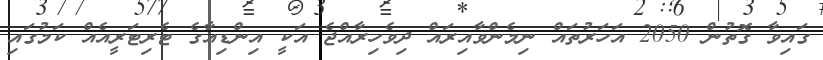
ގައިވާ ގޮތުން 2050 އަހަރުތައް ނިމެންވާއިރައް ދިވެހިރާއްޖެ އަކީ އިންޑިއާގެ ޓެރިޓަރީއެއް ކަމުގައި